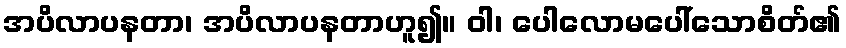
အပိလာပနတာ၊ အပိလာပနတာဟူ၍။ ဝါ၊ ပေါလောမပေါ်သောစိတ်၏